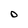
Character: D